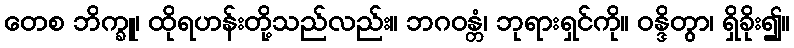
တေစ ဘိက္ခူ၊ ထိုရဟန်းတို့သည်လည်း။ ဘဂဝန္တံ၊ ဘုရားရှင်ကို။ ဝန္ဒိတွာ၊ ရှိခိုး၍။